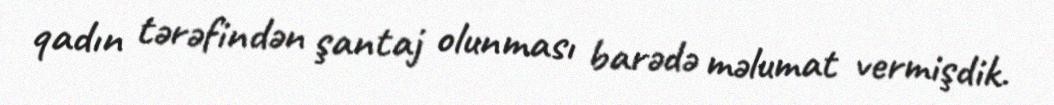
qadın tərəfindən şantaj olunması barədə məlumat vermişdik.